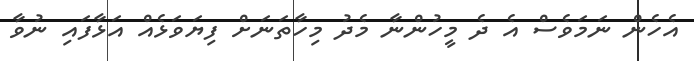
އެހެން ނަމަވެސް އެ ދެ މީހުންނާ މެދު މިހާތަނަށް ފިޔަވަޅެއް އަޅާފައި ނުވާ